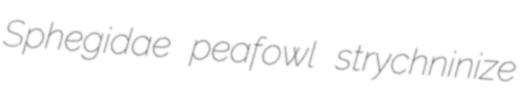
Sphegidae peafowl strychninize